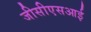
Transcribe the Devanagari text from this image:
जीसीएसआई